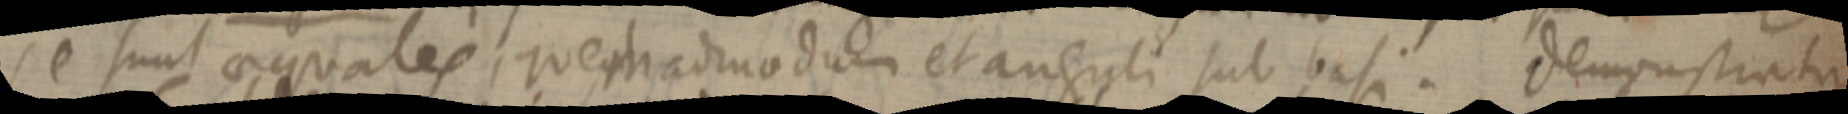
se sunt aequales que admodum duo et anguli sub basi. Demonstrati